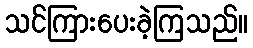
သင်ကြားပေးခဲ့ကြသည်။